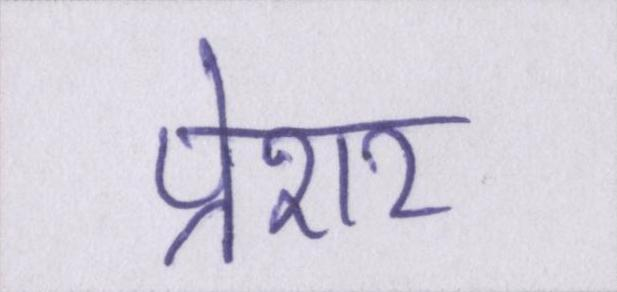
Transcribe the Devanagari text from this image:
प्रेशर